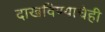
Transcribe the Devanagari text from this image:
दाखविण्याचेही